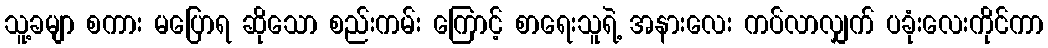
သူ့ခမျာ စကား မပြောရ ဆိုသော စည်းကမ်း ကြောင့် စာရေးသူရဲ့ အနားလေး ကပ်လာလျှက် ပခုံးလေးကိုင်ကာ